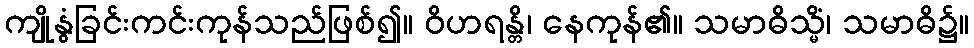
ကျိုနွံခြင်းကင်းကုန်သည်ဖြစ်၍။ ဝိဟရန္တိ၊ နေကုန်၏။ သမာဓိသ္မိံ၊ သမာဓိ၌။